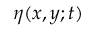
\eta ( x , y ; t )